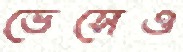
ভেসেও